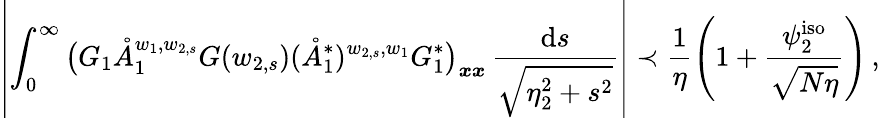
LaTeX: \left|\int_{0}^{\infty}\big(G_{1}\mathring{A}_{1}^{w_{1},w_{2,s}}G(w_{2,s})(\mathring{A}_{1}^{*})^{w_{2,s},w_{1}}G_{1}^{*}\big)_{\boldsymbol{x}\boldsymbol{x}}\, \frac{\mathrm{d}s}{\sqrt{\eta_{2}^{2}+s^{2}}}\right|\prec\frac{1}{\eta}\left(1+\frac{\psi_{2}^{\mathrm{iso}}}{\sqrt{N\eta}}\right)\, ,